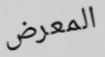
المعرض